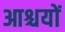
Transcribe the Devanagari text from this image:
आश्चयों